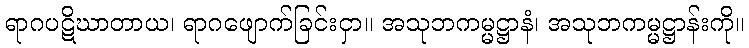
ရာဂပဋိဃာတာယ၊ ရာဂဖျောက်ခြင်းငှာ။ အသုဘကမ္မဋ္ဌာနံ၊ အသုဘကမ္မဋ္ဌာန်းကို။